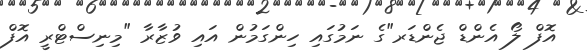
އޮފް ލޯ އެންޑް ޖެންޑަރ"ގެ ނަމުގައި ހިންގަމުން އައި ވުޒާރާ "މިނިސްޓްރީ އޮފް